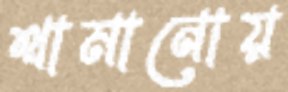
থামানোয়